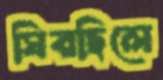
ঘিরছিলে